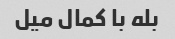
بله با کمال میل